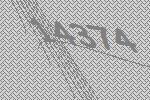
14374